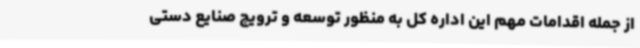
از جمله اقدامات مهم این اداره کل به منظور توسعه و ترویج صنایع دستی